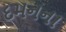
દમનના